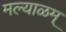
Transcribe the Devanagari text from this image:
मल्याळम्